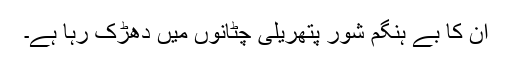
ان کا بے ہنگم شور پتھریلی چٹانوں میں دھڑک رہا ہے۔